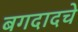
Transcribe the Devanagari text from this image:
बगदादचे